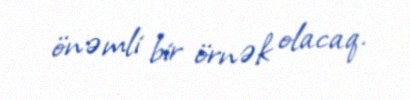
önəmli bir örnək olacaq.